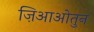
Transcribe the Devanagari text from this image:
ज़िआओतुन